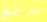
يرجع